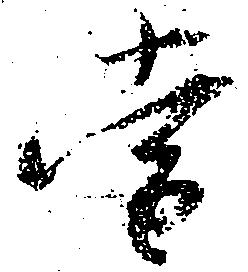
当